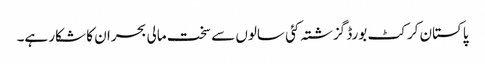
پاکستان کرکٹ بورڈ گزشتہ کئی سالوں سے سخت مالی بحران کا شکار ہے۔